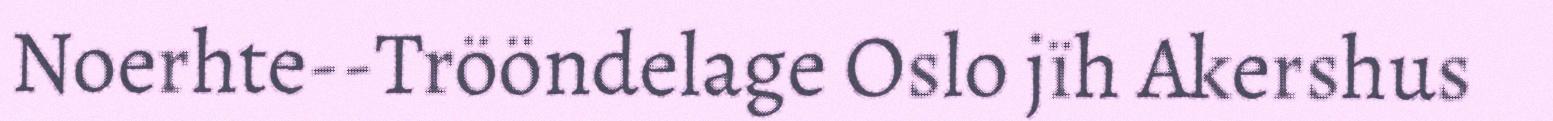
Noerhte-‐Trööndelage Oslo jïh Akershus